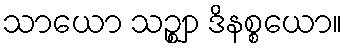
သာယော သဉ္ဈာ ဒိနစ္စယော။